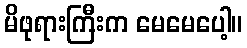
မိဖုရားကြီးက မေမေပေါ့။